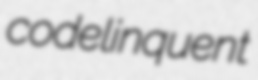
codelinquent